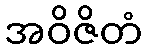
အဝိဇိတံ